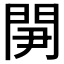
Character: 𨳬